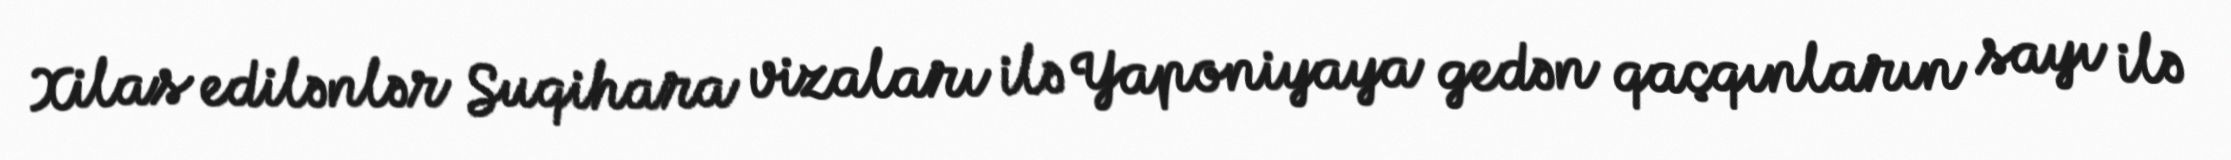
Xilas edilənlər Suqihara vizaları ilə Yaponiyaya gedən qaçqınların sayı ilə